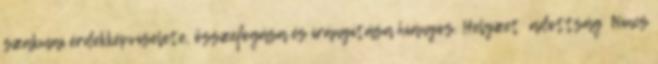
szakmai érdekképviselete, összefogása és irányítása hiányos. Helyzet adottság ▪Nincs